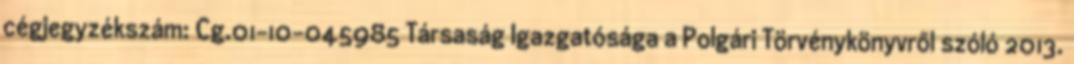
cégjegyzékszám: Cg.01-10-045985 Társaság Igazgatósága a Polgári Törvénykönyvről szóló 2013.